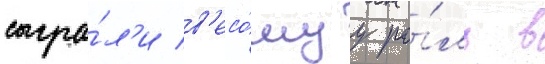
сыгра́л'и в'есо́муу ро́ль в